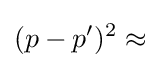
(p-p')^{2}\approx